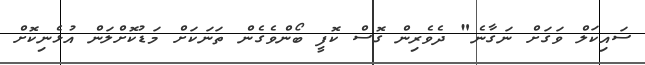
ސައިކަލް ވަގަށް ނަގާނެ" ދެވެރިން ގޮސް ކޮފީ ބޯންވެގެން ތަނަކަށް މަޑުކޮށްލަން އުޅެނިކޮށް